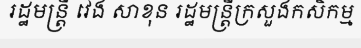
រដ្ឋមន្ត្រី វេង សាខុន រដ្ឋមន្ត្រីក្រសួងកសិកម្ម